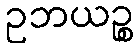
ဥဘယဉ္စ